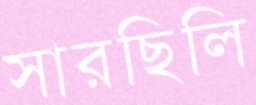
সারছিলি